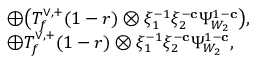
\begin{array} { r l } & { \oplus \bigl ( T _ { f } ^ { \vee , + } ( 1 - r ) \otimes \xi _ { 1 } ^ { - 1 } \xi _ { 2 } ^ { - \mathbf { c } } \Psi _ { W _ { 2 } } ^ { 1 - \mathbf { c } } \bigr ) , } \\ & { \oplus T _ { f } ^ { \vee , + } ( 1 - r ) \otimes \xi _ { 1 } ^ { - 1 } \xi _ { 2 } ^ { - \mathbf { c } } \Psi _ { W _ { 2 } } ^ { 1 - \mathbf { c } } , } \end{array}